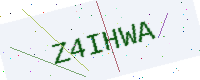
Text: Z4IHWA